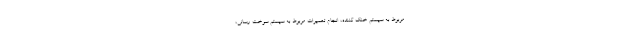
مربوط به سیستم خنک کننده، انجام تعمیرات مربوط به سیستم سوخت رسانی،